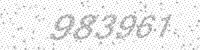
Solution: 983961